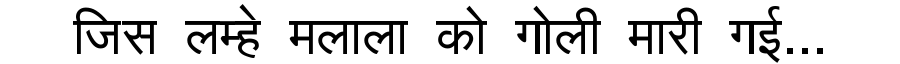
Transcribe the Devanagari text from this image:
जिस लम्हे मलाला को गोली मारी गई...